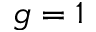
g = 1